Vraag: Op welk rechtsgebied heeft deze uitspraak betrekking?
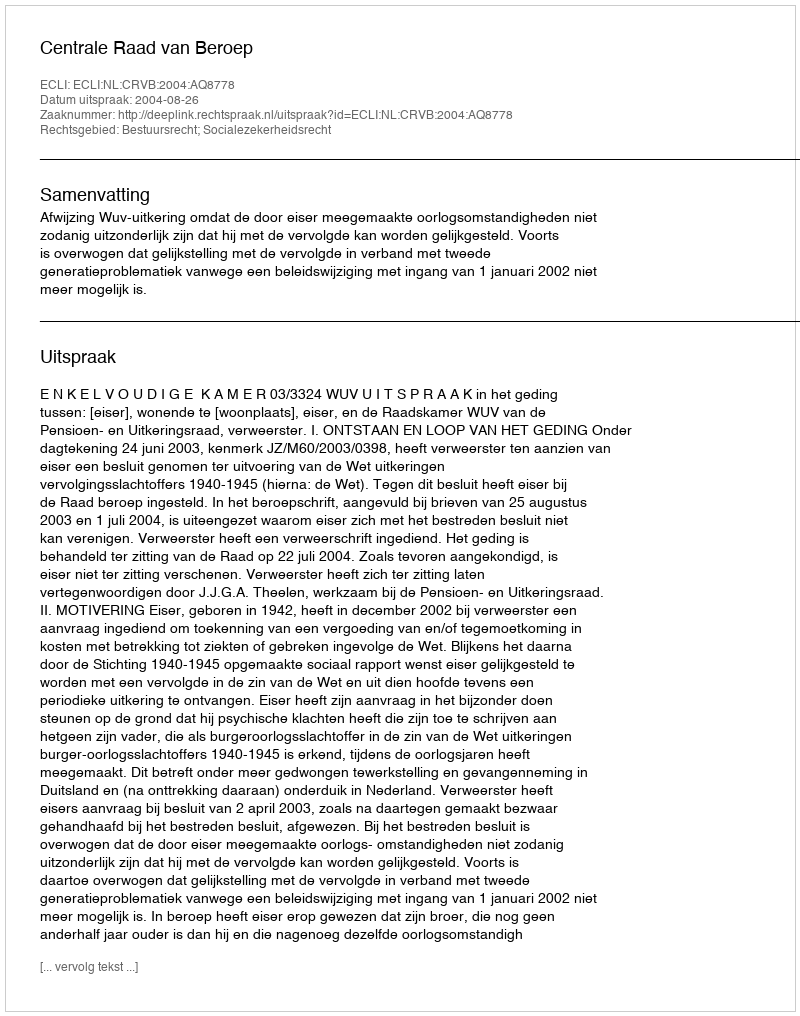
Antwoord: Bestuursrecht; Socialezekerheidsrecht